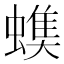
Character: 𧐃